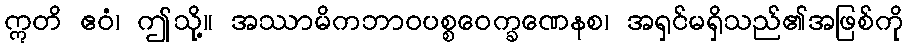
ဣတိ ဧဝံ၊ ဤသို့။ အဿာမိကဘာဝပစ္စဝေက္ခဏေနစ၊ အရှင်မရှိသည်၏အဖြစ်ကို